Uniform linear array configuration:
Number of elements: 8
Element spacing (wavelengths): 1
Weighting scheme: blackman
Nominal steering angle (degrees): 15
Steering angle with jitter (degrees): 13.04
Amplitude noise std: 0.05
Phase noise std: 0.05

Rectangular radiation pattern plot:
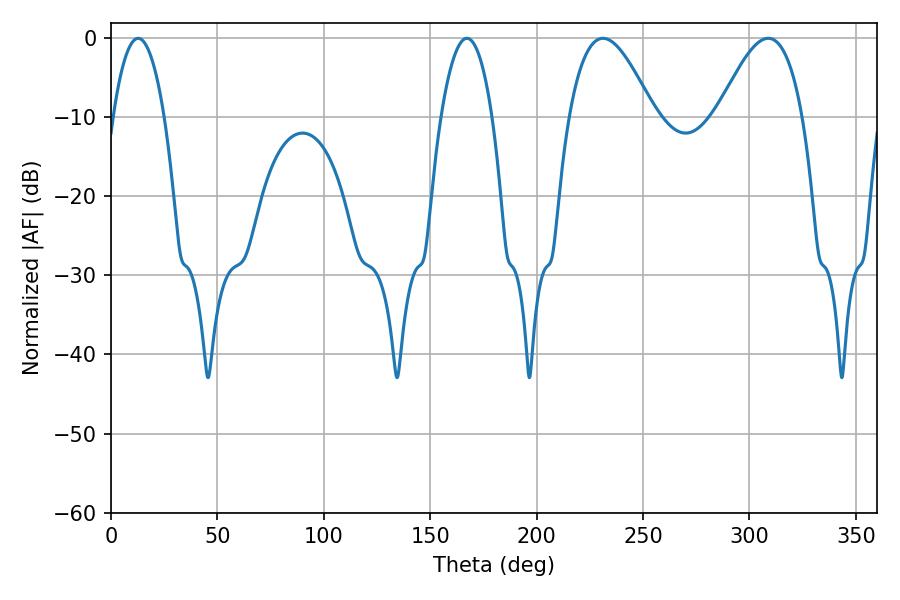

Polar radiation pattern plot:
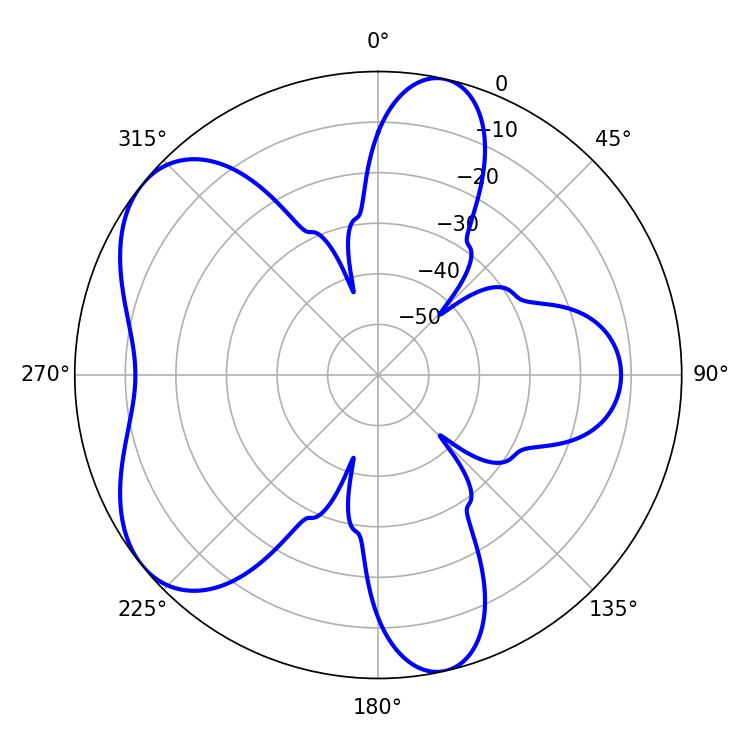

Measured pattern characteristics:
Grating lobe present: TRUE
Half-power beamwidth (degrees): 13.32
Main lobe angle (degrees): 12.78